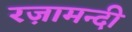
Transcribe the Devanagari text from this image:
रज़ामन्दी